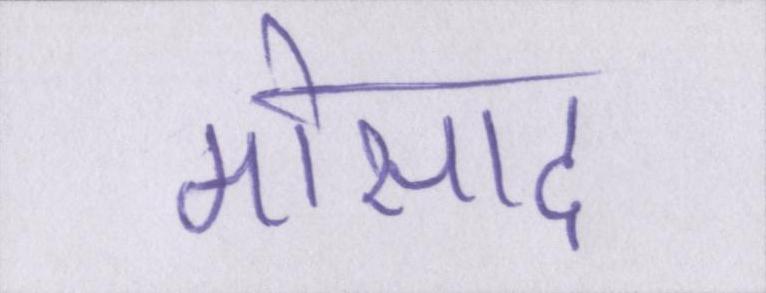
मोसाद